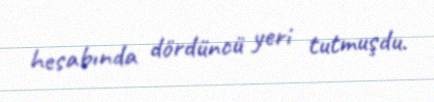
hesabında dördüncü yeri tutmuşdu.